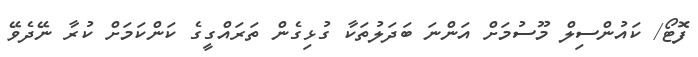
ފޮޓޯ/ ކައުންސިލް މޫސުމަށް އަންނަ ބަދަލުތަކާ ގުޅިގެން ތަރައްގީގެ ކަންކަމަށް ކުރާ ނޭދެވޭ